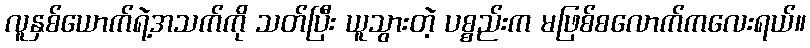
လူနှစ်ယောက်ရဲ့အသက်ကို သတ်ပြီး ယူသွားတဲ့ ပစ္စည်းက မဖြစ်စလောက်ကလေးရယ်။